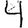
Digit: 4